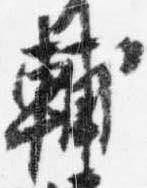
輔